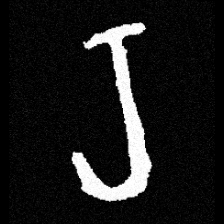
Pyu character \u2014 Myanmar letter: ရ (romanized: ra)